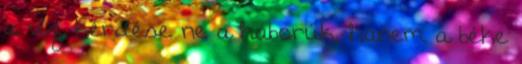
a víz kérdése ne a háborúk, hanem a béke